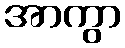
အာကွာ